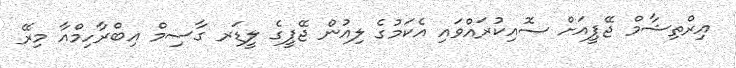
އިރްތިޝާމް ޖޭޕީއަށް ސޮއިކުރައްވައި އެކަމުގެ ލިއުން ޖޭޕީގެ ލީޑަރ ގާސިމް އިބްރާހިމްއާ މިރޭ